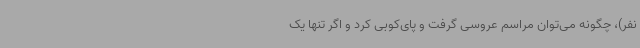
نفر)، چگونه می‌توان مراسم عروسی گرفت و پای‌کوبی کرد و اگر تنها یک